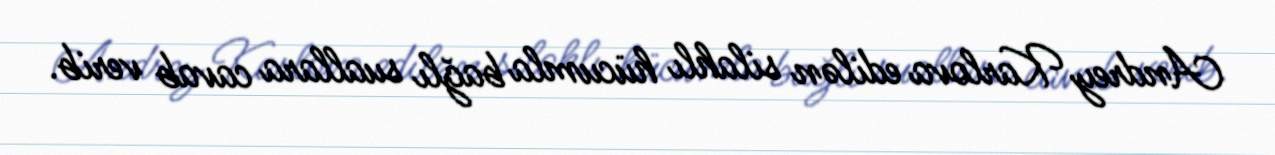
Andrey Karlova edilən silahlı hücumla bağlı suallara cavab verib.